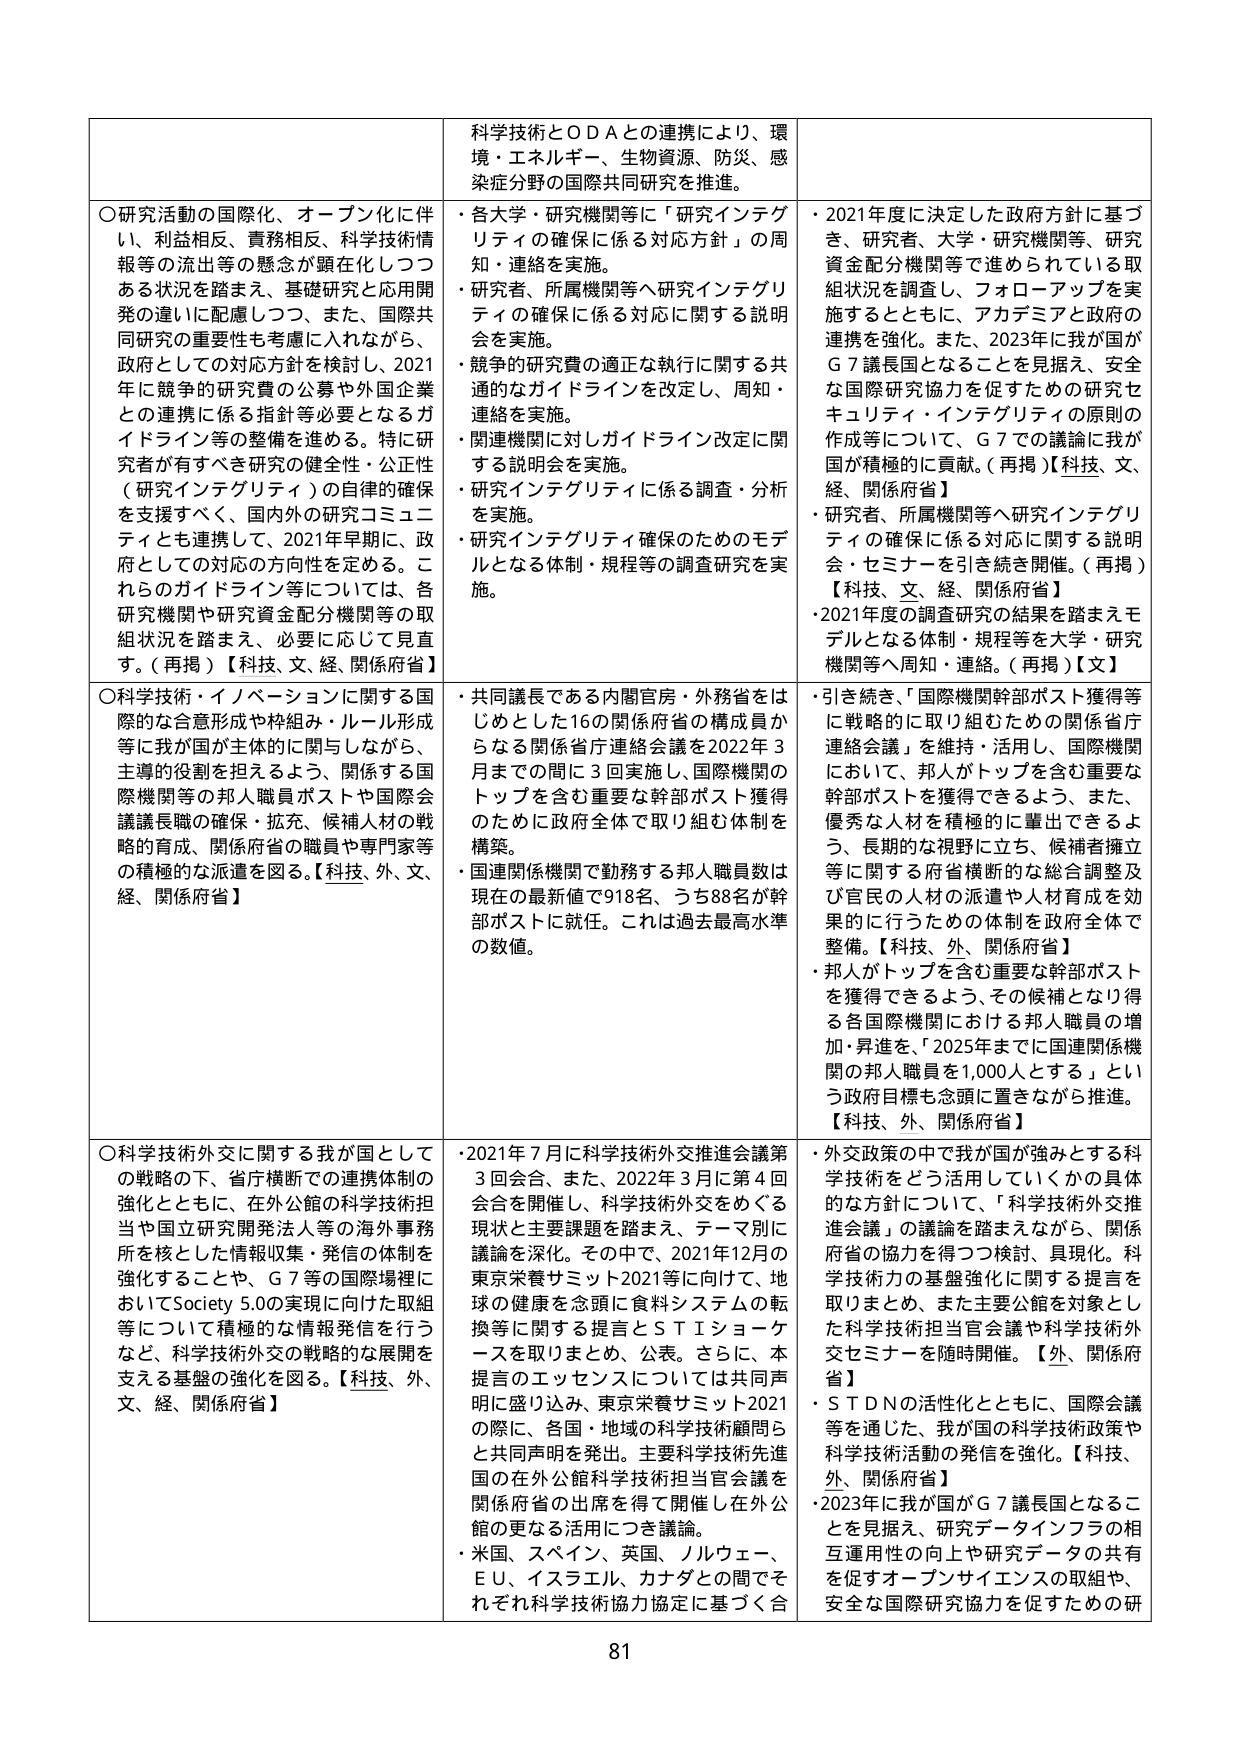
科学技術とＯＤＡとの連携により、環境・エネルギー、生物資源、防災、感染症分野の国際共同研究を推進。

○研究活動の国際化、オープン化に伴い、利益相反、責務相反、科学技術情報等の流出等の懸念が顕在化しつつある状況を踏まえ、基礎研究と応用開発の違いに配慮しつつ、また、国際共同研究の重要性も考慮に入れながら、政府としての対応方針を検討し、2021年に競争的研究費の公募や外国企業との連携に係る指針等必要となるガイドライン等の整備を進めるとする。特に研究者が有すべき研究の健全性・公正性（研究インテグリティ）の自律的確保を支援すべく、国内外の研究コミュニティとも連携して、2021年早期に、政府としての対応の方向性を定める。これらのガイドライン等については、各研究機関や研究資金配分機関等の取組状況を踏まえ、必要に応じて見直す。（再掲）【科技、文、経、関係府省】

○科学技術・イノベーションに関する国際的な合意形成や枠組み・ルール形成等に我が国が主体的に関与しながら、主導的役割を担えるよう、関係する国際機関等の邦人職員ポストや国際会議議長職の確保・拡充、候補人材の戦略的育成、関係府省の職員や専門家等の積極的な派遣を図る。【科技、外、文、経、関係府省】

○科学技術外交に関する我が国としての戦略の下、省庁横断での連携体制の強化とともに、在外公館の科学技術担当や国立研究開発法人等の海外事務所を核とした情報収集・発信の体制を強化する。また、Ｇ７等の国際場においてSociety 5.0の実現に向けた取組等について積極的な情報発信を行うなど、科学技術外交の戦略的な展開を支える基盤の強化を図る。【科技、外、文、経、関係府省】

・各大学・研究機関等に「研究インテグリティの確保に係る対応方針」の周知・連絡を実施。
・研究者、所属機関等へ研究インテグリティの確保に係る対応に関する説明会を実施。
・競争的研究費の適正な執行に関する共通的なガイドラインを改定し、周知・連絡を実施。
・関連機関に対しガイドライン改定に関する説明会を実施。
・研究インテグリティに係る調査・分析を実施。
・研究インテグリティ確保のためのモデルとなる体制・規程等の調査研究を実施。

・共同議長である内閣官房・外務省をはじめとした16の関係府省の構成員からなる関係省庁連絡会議を2022年3月までの間に3回実施し、国際機関のトップを含む重要な幹部ポスト獲得のために政府全体で取り組む体制を構築。
・国連関係機関で勤務する邦人職員数は現在の最新値で918名、うち88名が幹部ポストに就任。これは過去最高水準の数値。

・2021年7月に科学技術外交推進会議第3回会合、また、2022年3月に第4回会合を開催し、科学技術外交をめぐる現状と主要課題を踏まえ、テーマ別に議論を深化。その中で、2021年12月の東京栄養サミット2021等に向けて、地球の健康を念頭に食料システムの転換等に関する提言とＳＴＩショーケースを取りまとめ、公表。さらに、本提言のエッセンスについては共同声明に盛り込み、東京栄養サミット2021の際に、各国・地域の科学技術顧問らと共同声明を発出。主要科学技術先進国の在外公館科学技術担当官会議を開催府省の出席を得て開催し在外公館の更なる活用につき議論。
・米国、スペイン、英国、ノルウェー、ＥＵ、イスラエル、カナダとの間でそれぞれ科学技術協力協定に基づく合

・2021年度に決定した政府方針に基づき、研究者、大学・研究機関等、研究資金配分機関等で進められている取組状況を調査し、フォローアップを実施するとともに、アカデミアと政府の連携を強化。また、2023年に我が国がＧ７議長国となることを見据え、安全な国際研究協力を促すための研究セキュリティ・インテグリティの原則の作成等について、Ｇ７での議論に我が国が積極的に貢献。（再掲）【科技、文、経、関係府省】
・研究者、所属機関等へ研究インテグリティの確保に係る対応に関する説明会・セミナーを引き続き開催。（再掲）【科技、文、経、関係府省】
・2021年度の調査研究の結果を踏まえモデルとなる体制・規程等を大学・研究機関等へ周知・連絡。（再掲）【文】

・引き続き、「国際機関幹部ポスト獲得等に戦略的に取り組むための関係省庁連絡会議」を維持・活用し、国際機関において、邦人がトップを含む重要な幹部ポストを獲得できるよう、また、優秀な人材を積極的に輩出できるよう、長期的な視野に立ち、候補者擁立等に関する府省横断的な総合調整及び官民の人材の派遣や人材育成を効果的に行うための体制を政府全体で整備。【科技、外、関係府省】
・邦人がトップを含む重要な幹部ポストを獲得できるよう、その候補となり得る各国際機関における邦人職員の増加・昇進を、「2025年までに国連関係機関の邦人職員を1,000人とする」という政府目標も念頭に置きながら推進。【科技、外、関係府省】

・外交政策の中で我が国が強みとする科学技術をどう活用していくかの具体的な方針について、「科学技術外交推進会議」の議論を踏まえながら、関係府省の協力を得つつ検討、具現化。科学技術力の基盤強化に関する提言を取りまとめ、また主要公館を対象とした科学技術担当官会議や科学技術外交セミナーを随時開催。【外、関係府省】
・ＳＴＤＮの活性化とともに、国際会議等を通じた、我が国の科学技術政策や科学技術活動の発信を強化。【科技、外、関係府省】
・2023年に我が国がＧ７議長国となることを見据え、研究データインフラの相互運用性の向上や研究データの共有を促すオープンサイエンスの取組や、安全な国際研究協力を促すための研

81